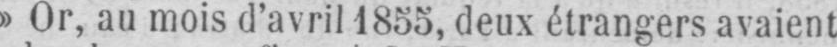
»Or, au mois d’avril 1855, deux étrangers avaient